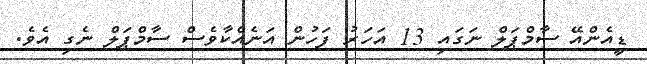
ޑީއެންއޭ ސާމްޕަލް ނަގައި 13 އަހަރު ފަހުން އަނެއްކާވެސް ސާމްޕަލް ނެގި އެވެ.